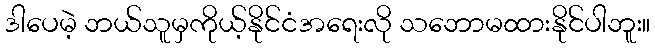
ဒါပေမဲ့ ဘယ်သူမှကိုယ့်နိုင်ငံအရေးလို သဘောမထားနိုင်ပါဘူး။